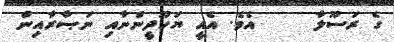
ގެ ރަސޫލާ     އެވެ. އެއީ ޔަހޫދީންނާއި ނަޞާރާއިން